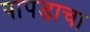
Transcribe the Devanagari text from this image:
पापडाचा